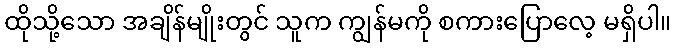
ထိုသို့သော အချိန်မျိုးတွင် သူက ကျွန်မကို စကားပြောလေ့ မရှိပါ။